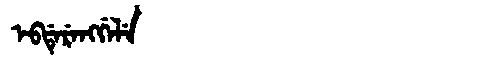
Manchu: ᡝᠪᡩᡝᡵᡝᠩᡤᡝᠯᡝ
Romanization: EBDERENGGELE